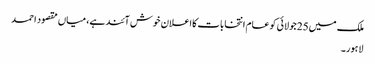
ملک میں25جولائی کو عام انتخابات کااعلان خوش آئند ہے، میاں مقصود احمد
لاہور۔